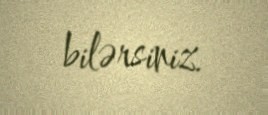
bilərsiniz.